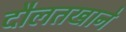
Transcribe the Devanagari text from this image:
दौलतखाने